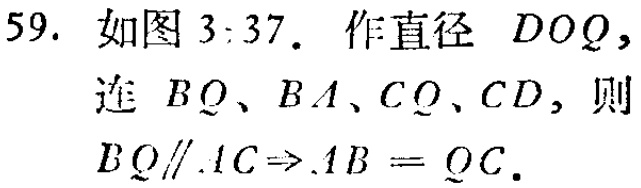
59. 如图3:37. 作直径 \(DOQ\)，
连 \(BQ、BA、CQ、CD\)，则
\(BQ\parallel AC\Rightarrow AB = QC\).